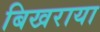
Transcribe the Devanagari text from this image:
बिखराया